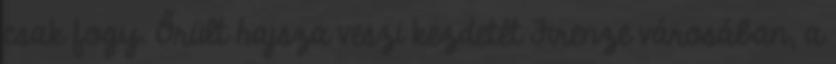
csak fogy. Őrült hajsza veszi kezdetét Firenze városában, a